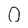
Character: 0